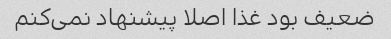
ضعیف بود غذا اصلا پیشنهاد نمی‌کنم